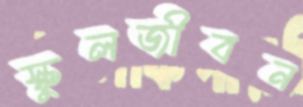
স্কুলজীবন